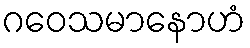
ဂဝေသမာနောဟံ